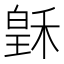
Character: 𥠟